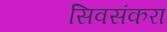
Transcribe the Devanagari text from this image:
सिवसंकरा